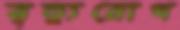
মৃত্যুরোগ